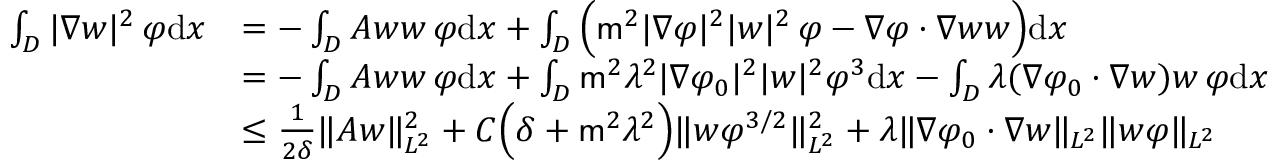
\begin{array} { r l } { \int _ { D } | \nabla w | ^ { 2 } \, \varphi \mathrm { d } x } & { = - \int _ { D } A w w \, \varphi \mathrm { d } x + \int _ { D } \Big ( \mathsf { m } ^ { 2 } | \nabla \varphi | ^ { 2 } | w | ^ { 2 } \, \varphi - \nabla \varphi \cdot \nabla w w \Big ) \mathrm { d } x } \\ & { = - \int _ { D } A w w \, \varphi \mathrm { d } x + \int _ { D } \mathsf { m } ^ { 2 } \lambda ^ { 2 } | \nabla \varphi _ { 0 } | ^ { 2 } | w | ^ { 2 } \varphi ^ { 3 } \mathrm { d } x - \int _ { D } \lambda ( \nabla \varphi _ { 0 } \cdot \nabla w ) w \, \varphi \mathrm { d } x } \\ & { \leq \frac { 1 } { 2 \delta } \| A w \| _ { L ^ { 2 } } ^ { 2 } + C \Big ( \delta + \mathsf { m } ^ { 2 } \lambda ^ { 2 } \Big ) \| w \varphi ^ { 3 / 2 } \| _ { L ^ { 2 } } ^ { 2 } + \lambda \| \nabla \varphi _ { 0 } \cdot \nabla w \| _ { L ^ { 2 } } \| w \varphi \| _ { L ^ { 2 } } } \end{array}